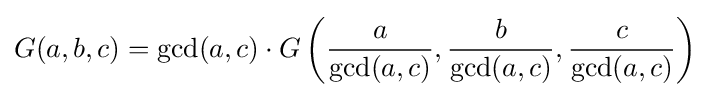
G(a,b,c)=\gcd(a,c)\cdot G\left({\frac {a}{\gcd(a,c)}},{\frac {b}{\gcd(a,c)}},{\frac {c}{\gcd(a,c)}}\right)